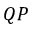
Q P